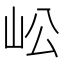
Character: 𡵴